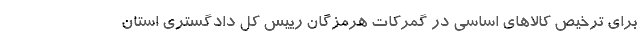
برای ترخیص کالاهای اساسی در گمرکات هرمزگان رییس کل دادگستری استان